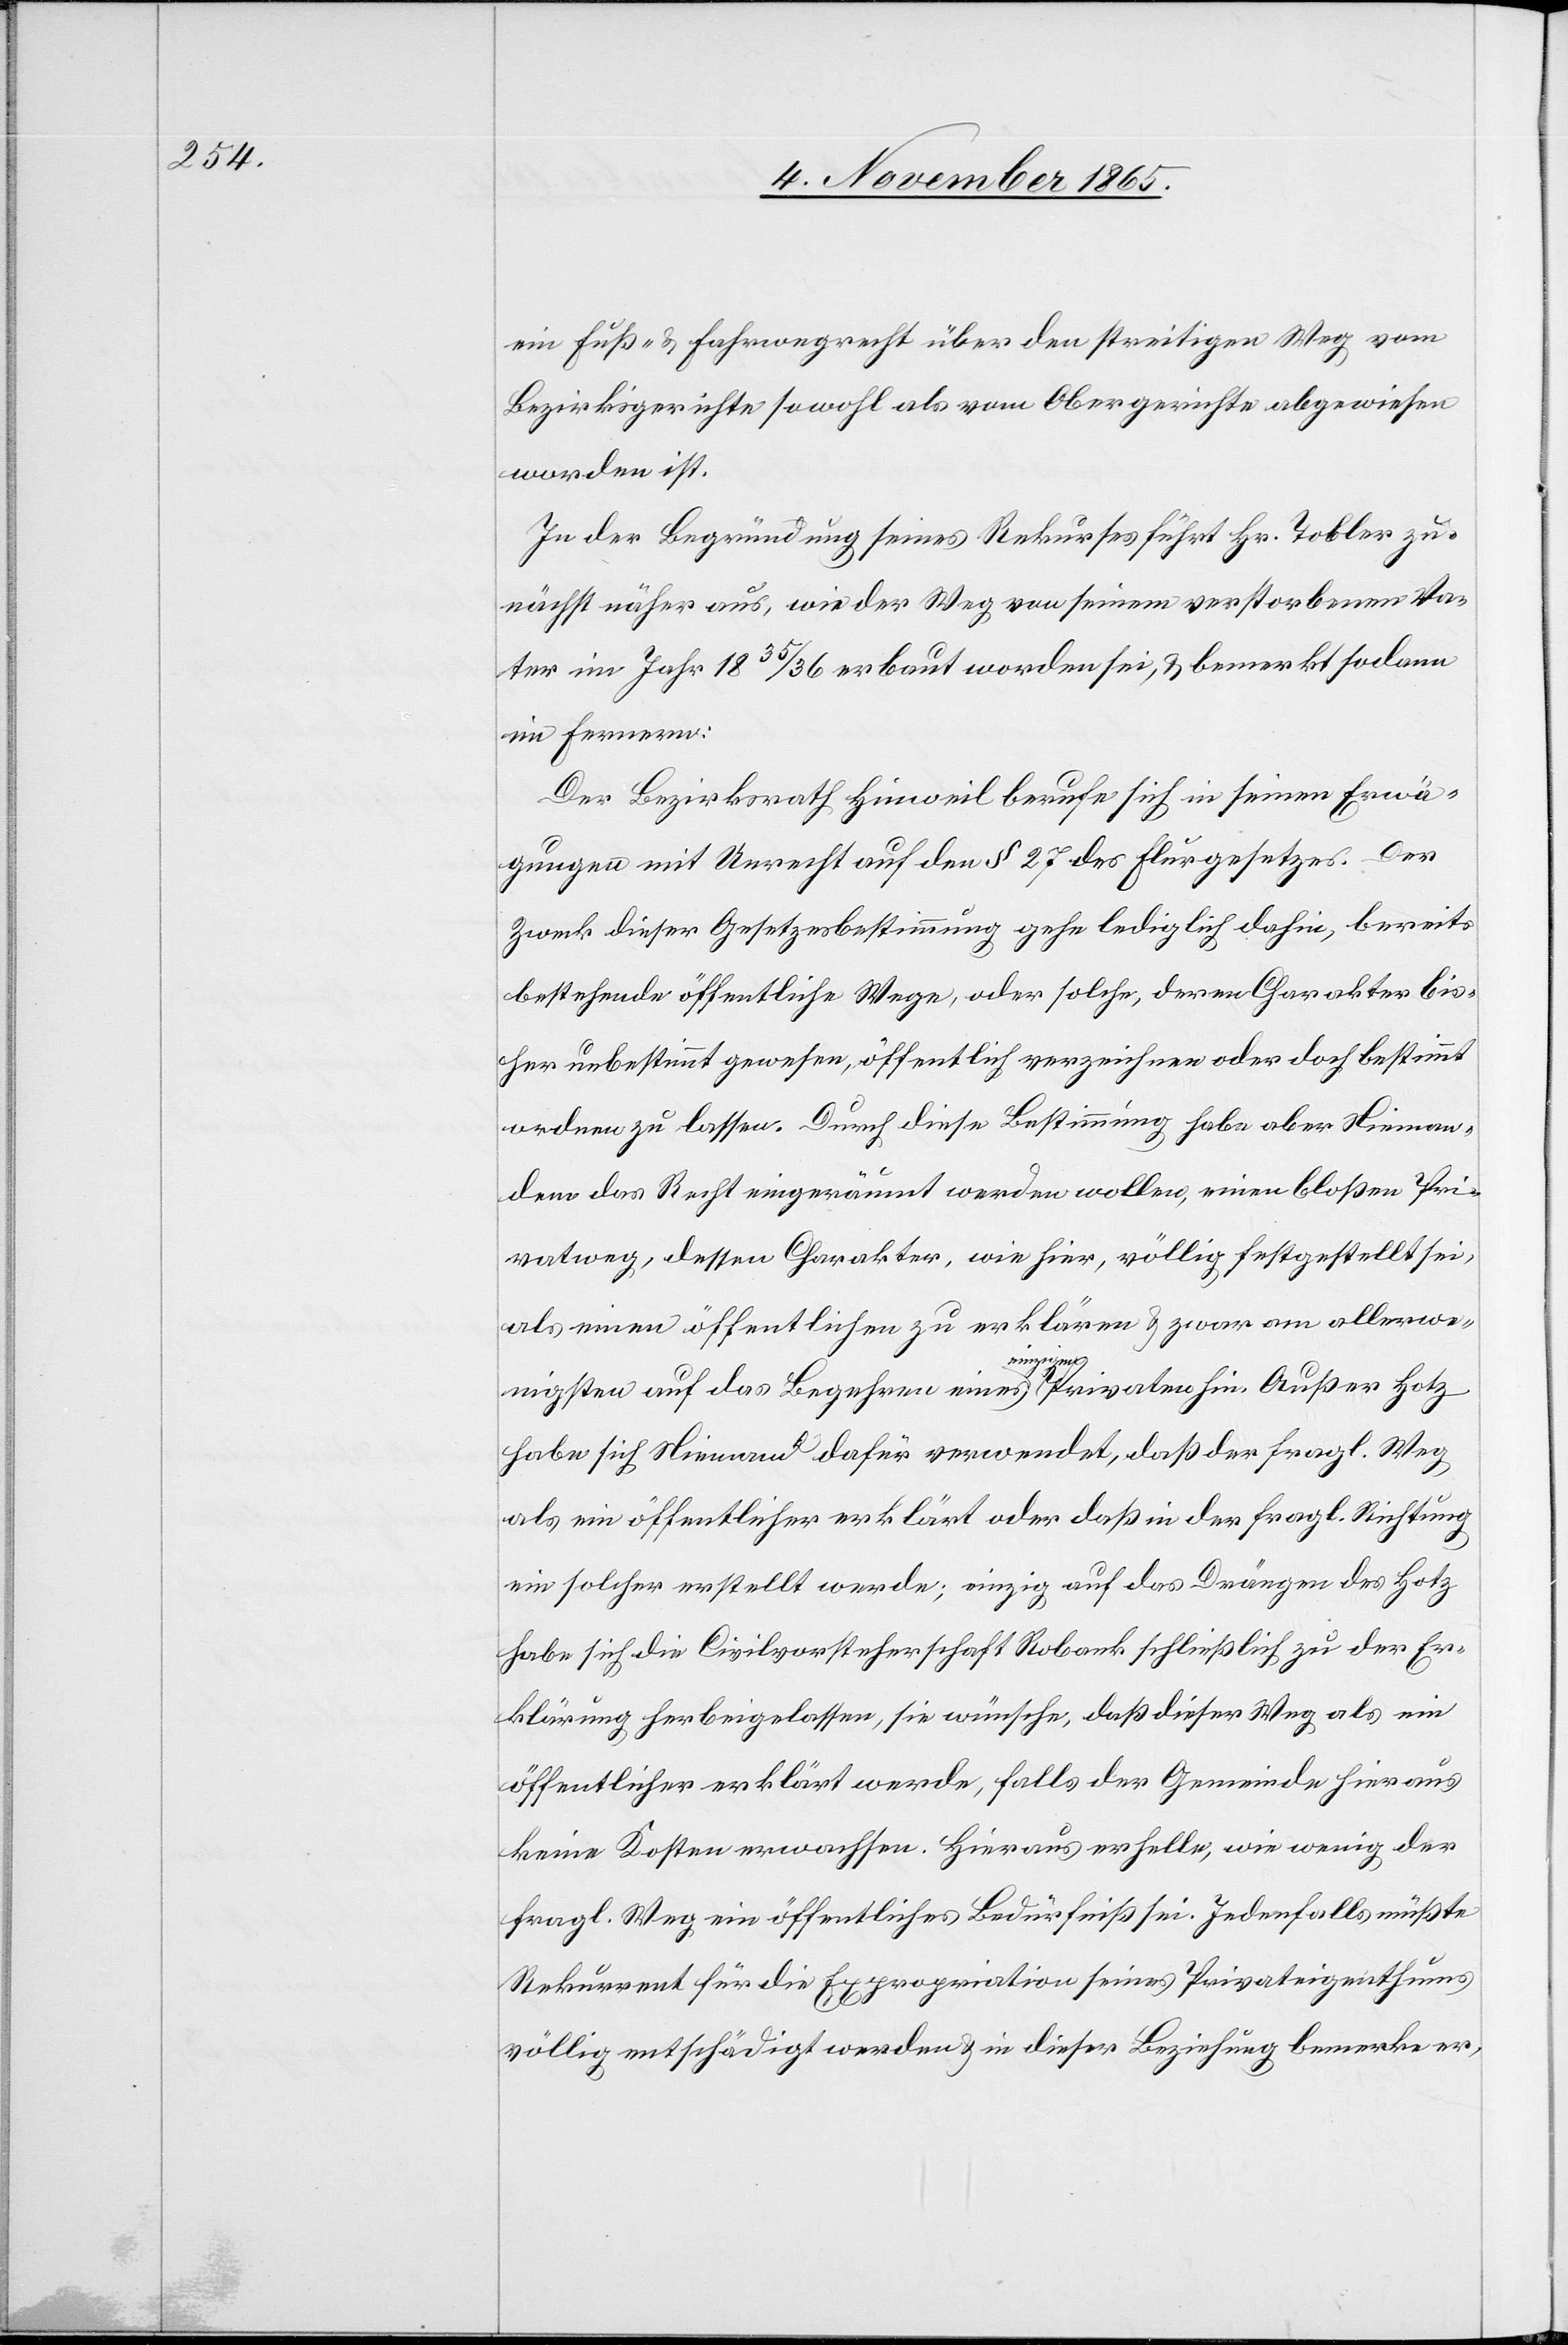
ein Fuß- & Fahrwegrecht über den streitigen Weg vom
Bezirksgerichte sowohl als vom Obergerichte abgewiesen
worden ist.
In der Begründung seines Rekurses führt Hr. Tobler zu¬
nächst näher aus, wie der Weg von seinem verstorbenen Va¬
ter im Jahr 1835/36 erbaut worden sei, & bemerkt sodann
im Ferneren:
Der Bezirksrath Hinweil berufe sich in seinen Erwä¬
gungen mit Unrecht auf den § 27 des Flurgesetzes. Der
Zweck dieser Gesetzesbestimmung gehe lediglich dahin, bereits
bestehende öffentliche Wege, oder solche, deren Charakter bis¬
her unbestimmt gewesen, öffentlich verzeichnen oder doch bestimmt
ordnen zu lassen. Durch diese Bestimmung habe aber Nieman¬
dem das Recht eingeräumt werden wollen, einen bloßen Pri¬
vatweg, dessen Charakter, wie hier, völlig festgestellt sei,
als einen öffentlichen zu erklären & zwar am allerwe¬
nigsten auf das Begehren eines einzigen Privaten hin. Außer Hotz
habe sich Niemand dafür verwendet, daß der fragl. Weg
als ein öffentlicher erklärt oder daß in der fragl. Richtung
ein solcher erstellt werde; einzig auf das Drängen des Hotz
habe sich die Civilvorsteherschaft Robank schließlich zu der Er¬
klärung herbeigelassen, sie wünsche, daß dieser Weg als ein
öffentlicher erklärt werde, falls der Gemeinde hieraus
keine Kosten erwachsen. Hieraus erhelle, wie wenig der
fragl. Weg ein öffentliches Bedürfniß sei. Jedenfalls müßte
Rekurrent für die Expropriation seines Privateigenthums
völlig entschädigt werden & in dieser Beziehung bemerke er,